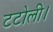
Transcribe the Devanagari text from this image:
टटोली।